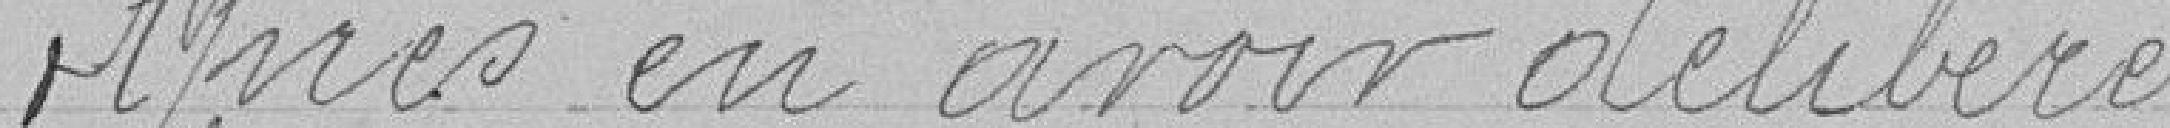
Après en avoir délibéré,